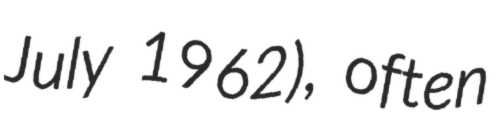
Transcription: July 1962), often